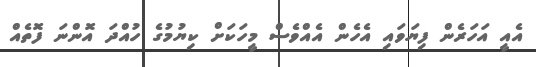
އެއީ އަހަރެން ފިޔަވައި އެހެން އެއްވެސް މީހަކަށް ކިޔުމުގެ ހުއްދަ އޮންނަ ފޮތެއް